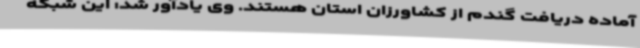
آماده دریافت گندم از کشاورزان استان هستند. وی یادآور شد: این شبکه